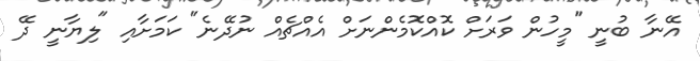
އޭނާ ބުނީ "މީހުން ވަރަށް ކޮއްކޮމެންނަށް އެއްޗެއް ނުދޭނެ" ކަމަށާއި "ލިޔާނީ ދޭ